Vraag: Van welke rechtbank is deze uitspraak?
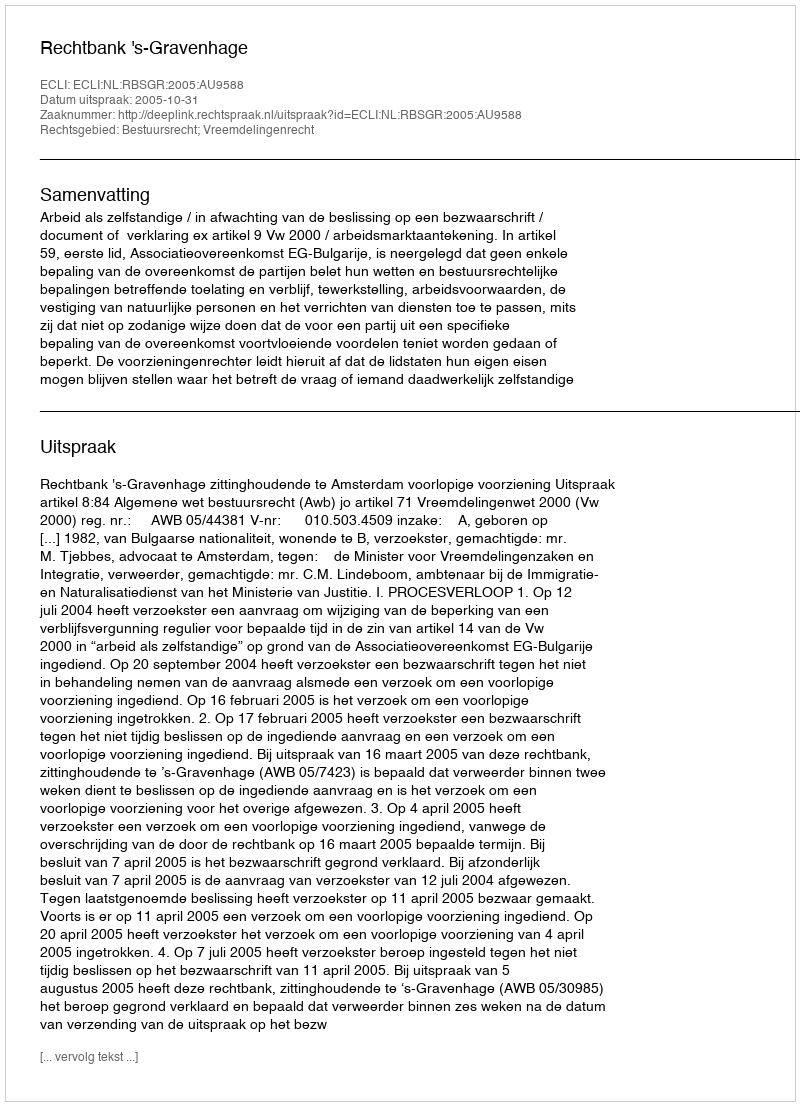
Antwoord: Rechtbank 's-Gravenhage